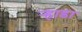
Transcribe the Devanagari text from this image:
र्‍हाडा